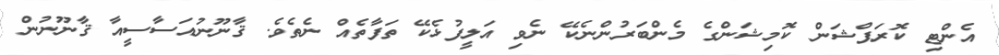
އެންޓި ކޮރަޕްޝަން ކޮމިޝަންގެ މެންބަރުންނެކޭ ނެވި އަލީފުޅެކޭ ތަފާތެއް ނެތެވެ. ޤާނޫނުއަސާސީއާ ޤާނޫނުން